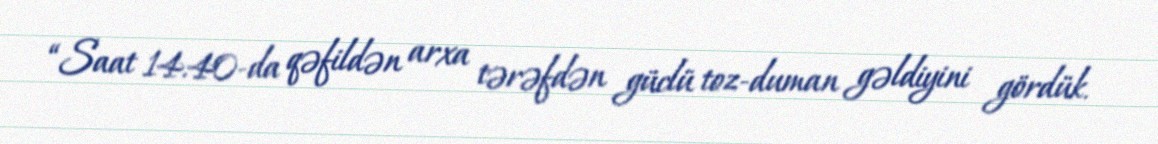
“Saat 14.40-da qəfildən arxa tərəfdən güclü toz-duman gəldiyini gördük.